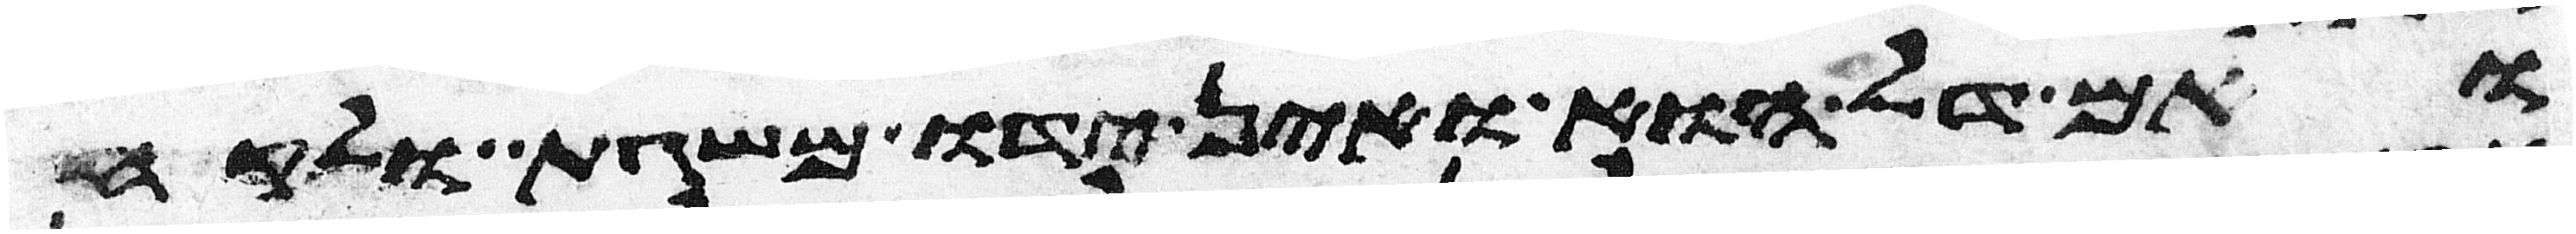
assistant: ואם דל הוא ואין ידו משגת ולקח